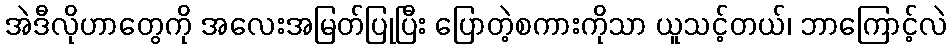
အဲဒီလိုဟာတွေကို အလေးအမြတ်ပြုပြီး ပြောတဲ့စကားကိုသာ ယူသင့်တယ်၊ ဘာကြောင့်လဲ